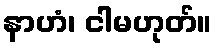
နာဟံ၊ ငါမဟုတ်။